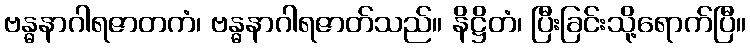
ဗန္ဓနာဂါရဇာတကံ၊ ဗန္ဓနာဂါရဇာတ်သည်။ နိဋ္ဌိတံ၊ ပြီးခြင်းသို့ရောက်ပြီ။